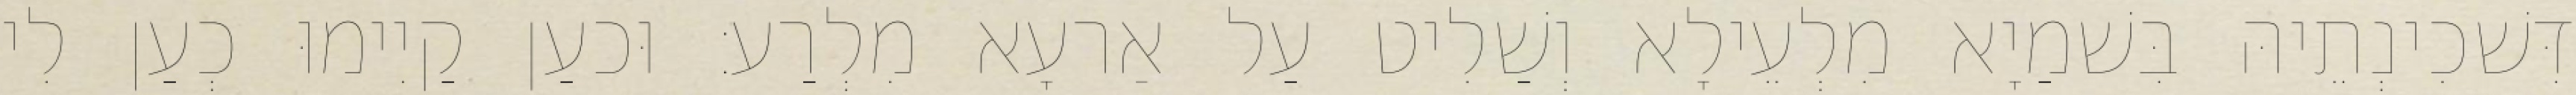
דִּשׁכִינְתֵיהּ בִּשׁמַיָא מִלְעֵילָא וְשַׁלִיט עַל אַרעָא מִלְרַע׃ וּכעַן קַיִימוּ כְעַן לִי